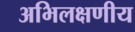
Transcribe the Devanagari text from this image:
अभिलक्षणीय